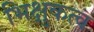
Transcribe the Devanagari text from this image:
भिक्षुकत्व